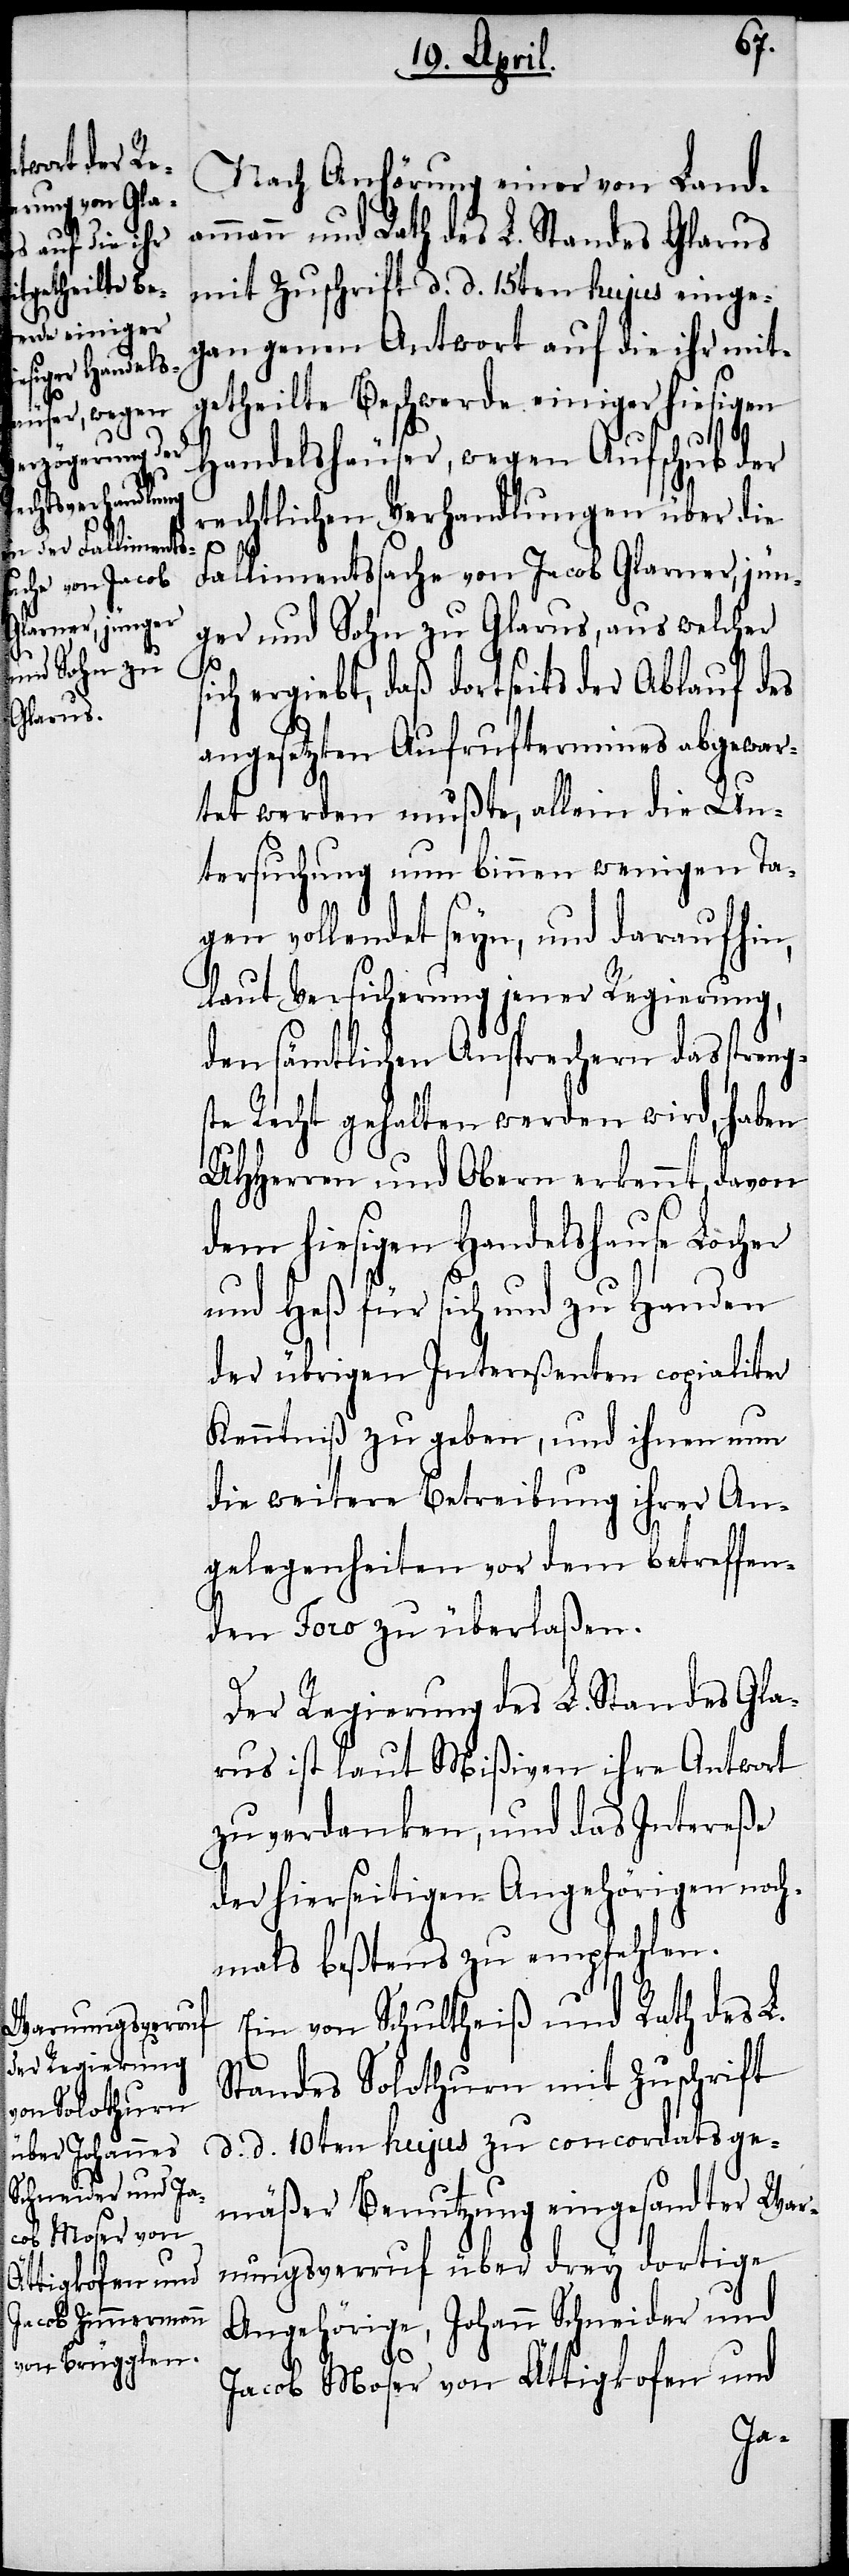
Nach Anhörung einer von Land¬
ammann und Rath des L. Standes Glarus
mit Zuschrift d. d. 15ten hujus einge¬
gangenen Antwort auf die ihr mit¬
getheilte Beschwerde einiger hiesigen
Handelshäuser, wegen Aufschub der
rechtlichen Verhandlungen über die
Fallimentssache von Jacob Glarner, jün¬
ger und Sohn zu Glarus, aus welcher
sich ergiebt, daß dortseits der Ablauf des
angesetzten Aufruftermines abgewar¬
tet werden mußte, allein die Un¬
tersuchung nun binnen wenigen Ta¬
gen vollendet seyn, und daraufhin,
laut Versicherung jener Regierung,
den sämtlichen Ansprechern das strengs¬
te Recht gehalten werden wird, haben
UHHerren und Obern erkennt, davon
dem hiesigen Handelshause Löcher
und Heß für sich und zu Handen
der übrigen Intereßenten copialiter
Kenntniß zu geben, und ihnen nun
die weitere Betreibung ihrer An¬
gelegenheiten vor dem betreffen¬
den Foro zu überlaßen.
Der Regierung des L. Standes Gla¬
rus ist laut Mißiven ihre Antwort
zu verdanken, und das Intereße
der hierseitigen Angehörigen noch¬
mals beßtens zu empfehlen.
Ein von Schultheiß und Rath des L.
Standes Solothurn mit Zuschrift
d. d. 10ten hujus zu concordatsge¬
mäßer Benutzung eingesandter War¬
nungsverruf über drey dortige
Angehörige, Johann Schneider und
Jacob Moser von Ättigkofen und